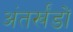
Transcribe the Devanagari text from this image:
अंतर्खंडों